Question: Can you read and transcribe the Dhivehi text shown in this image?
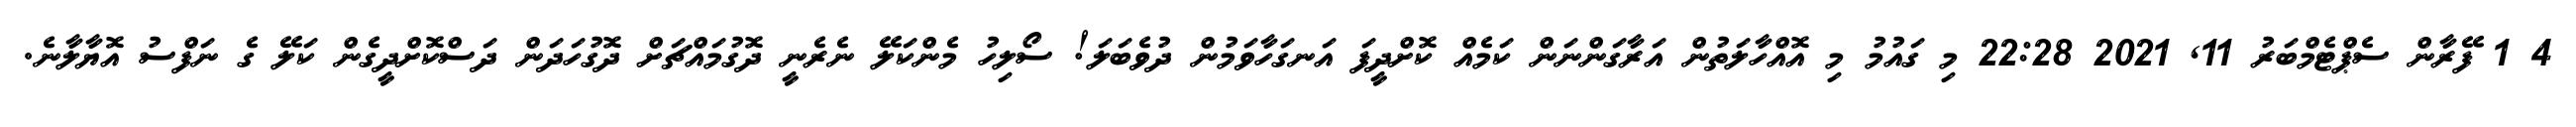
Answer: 4 1 ފޭރާން ސެޕްޓެމްބަރު 11, 2021 22:28 މި ގައުމު މި އޮއްހާލަތުން އަރާގަންނަން ކަމެއް ކޮށްދީފަ އަނގަހާވަމުން ދުވެބަލަ! ސޯލިހު މެންކަލޭ ނެރެނީ ދޮގުމައްޗަށް ދޮގުހަދަން ދަސްކޮށްދީގެން ކަލޭ ގެ ނަފްސު އޮޔާލާނެ.